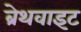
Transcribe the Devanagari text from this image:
ब्रेथवाइट